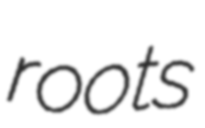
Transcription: roots